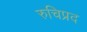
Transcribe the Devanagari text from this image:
रुचिप्रद